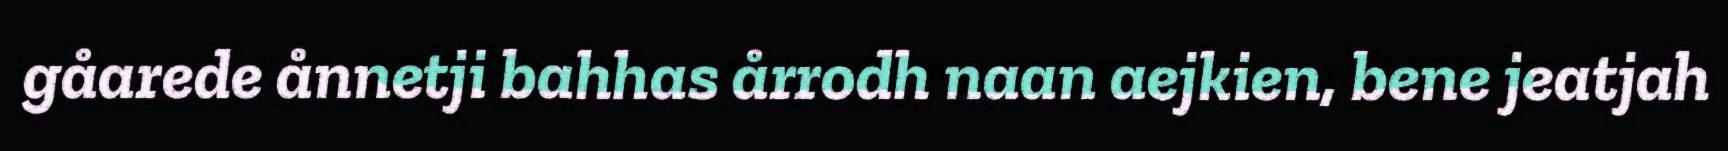
gåarede ånnetji bahhas årrodh naan aejkien, bene jeatjah